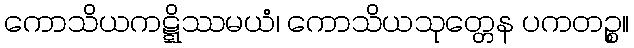
ကောသိယကဋ္ဋိဿမယံ၊ ကောသိယသုတ္တေန ပကတဉ္စ။